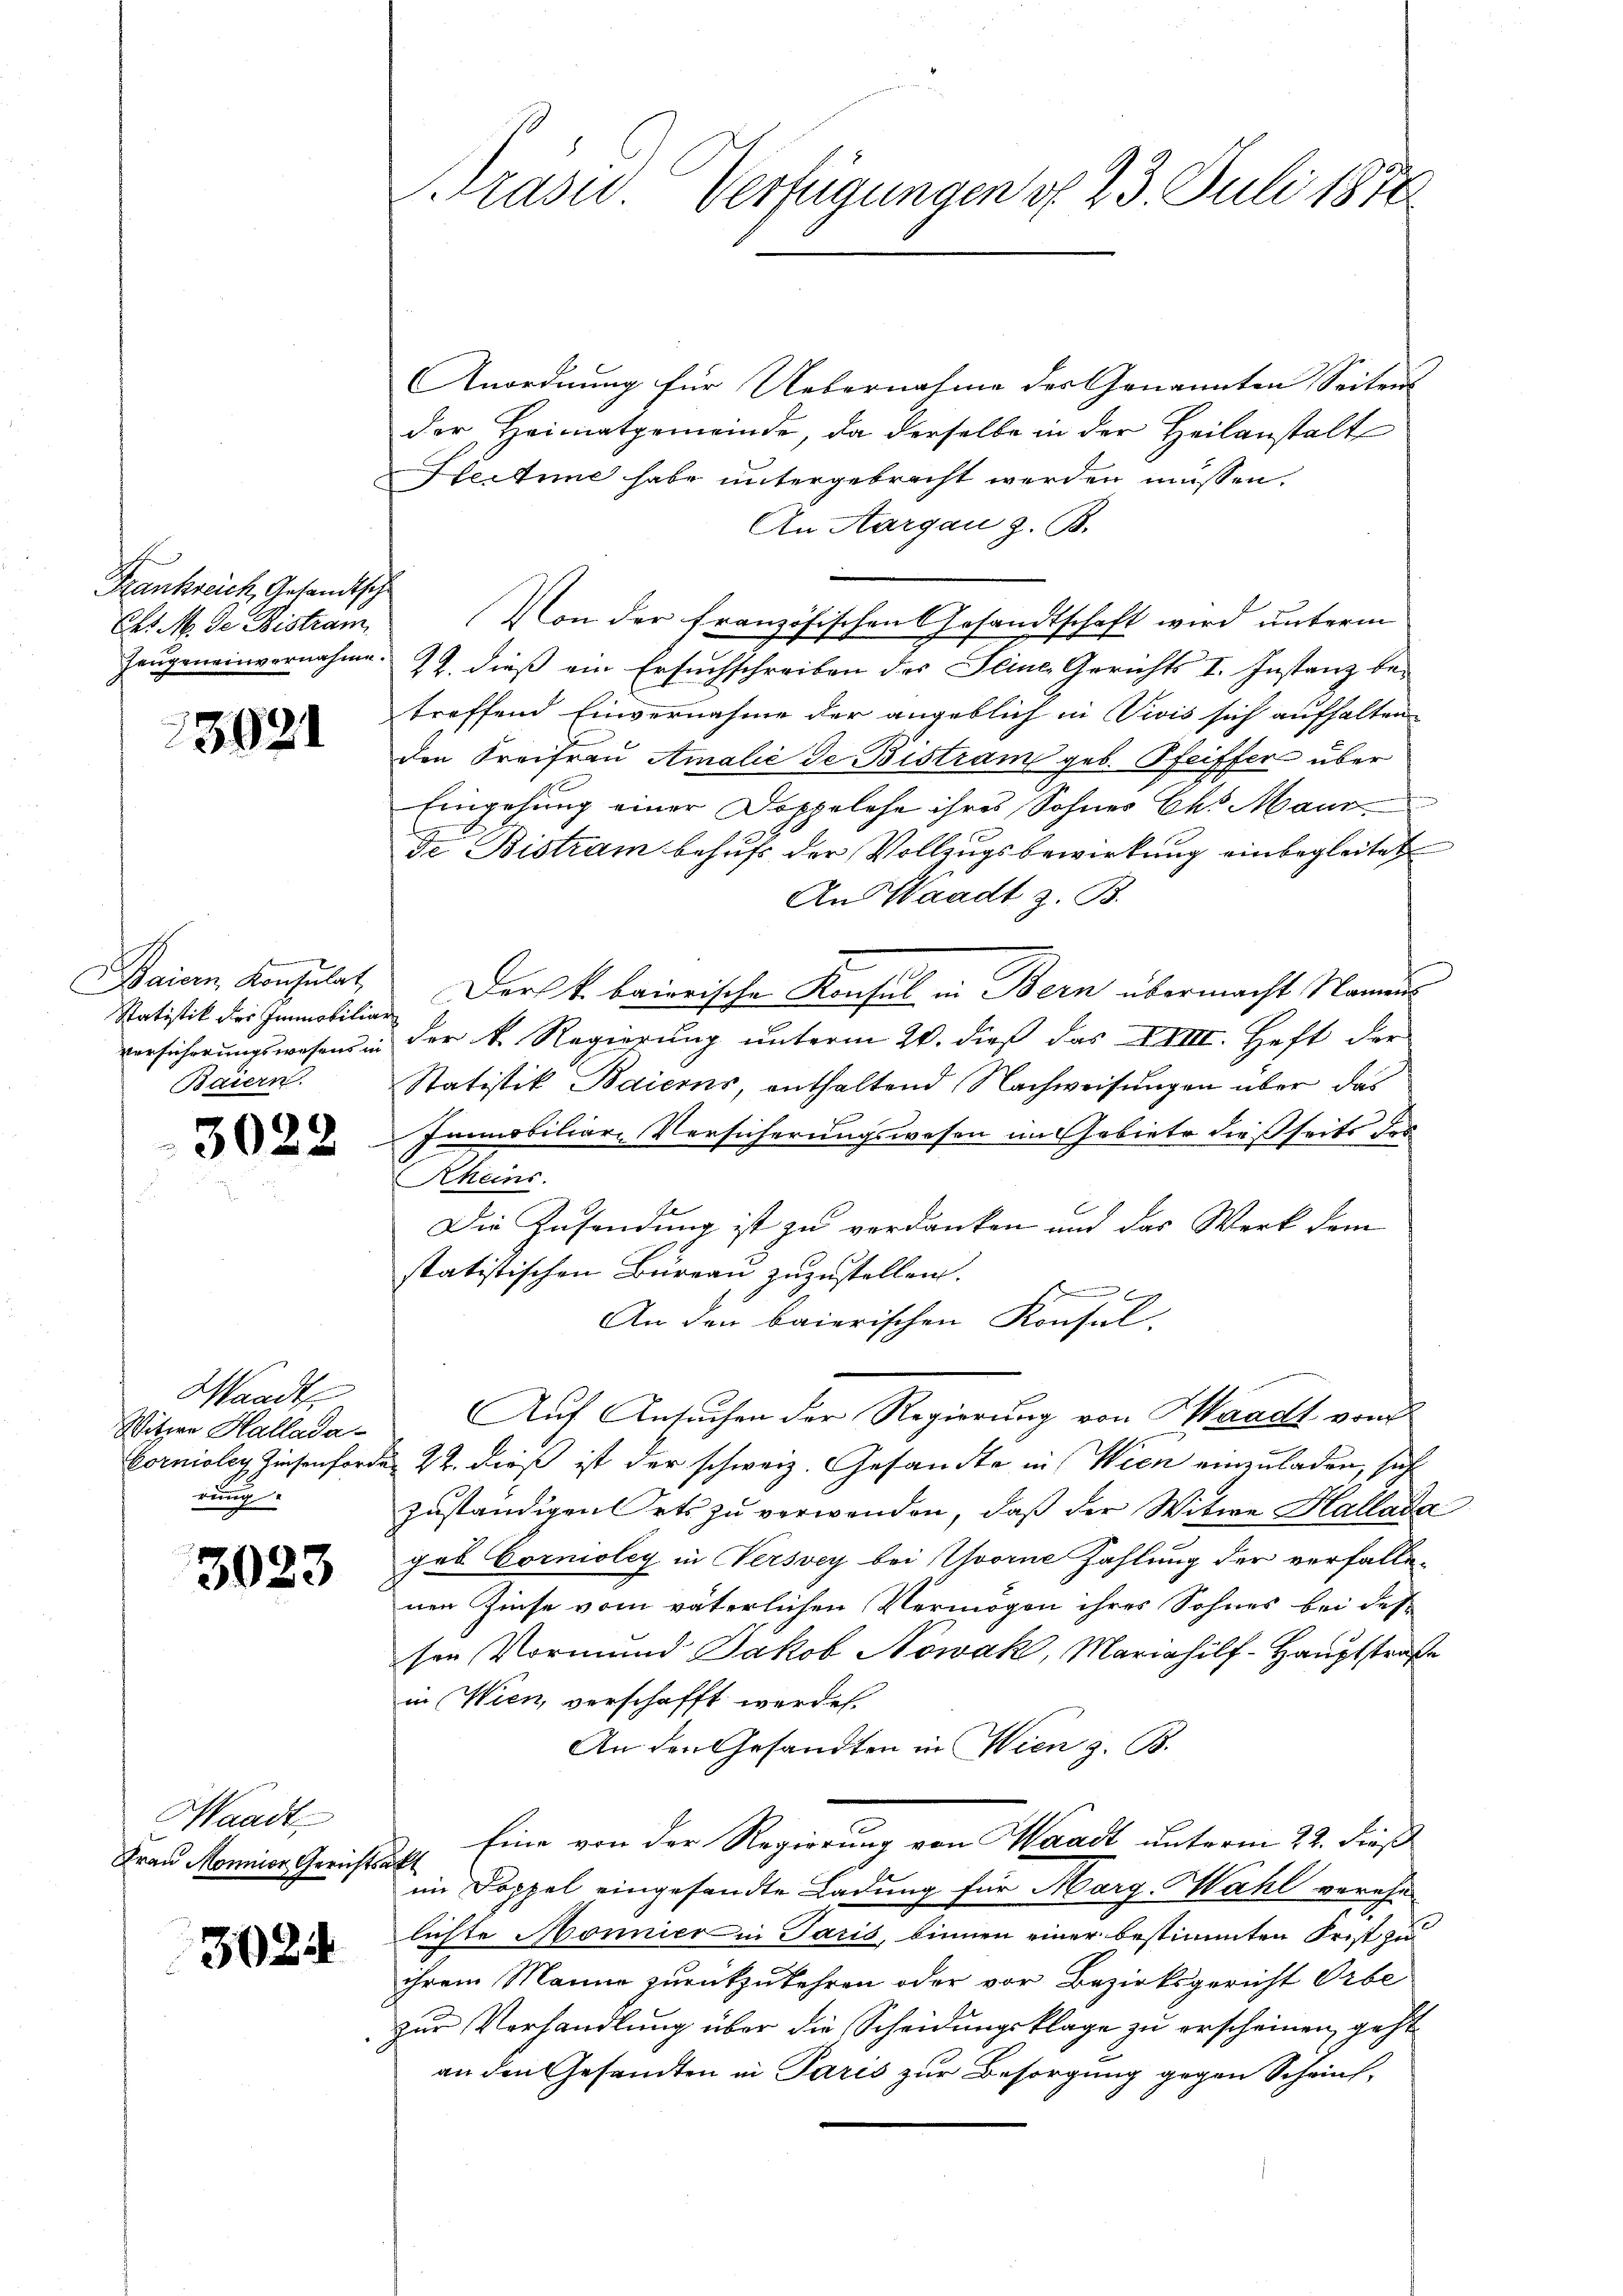
Frankreich, Gesandtsche
Chr. M. de Distram

15921

Statistik der Immobiliar
Baiern.

3022

Wandte
Witwe Hallada-
rung

3023

Waadt
Frau Monnier Gerichtsakt

3024

Anordnung für Uebernahme der Genannten Seitens
der Heimatgemeinde, da derselbe in der Heilanstalt
Heitune habe untergebracht werden müssen.
An Aargau z. B.
u
(Von der französischen Gesandtschaft wird unterm
Zeŭgeneinvernahme. 22. dieß ein Ersuchschreiben des Seine Gerichts I. Instanz be-
treffend Einvernahme der angeblich in Vivis sich aufhalten.
den Kreifrau Amalić de Bistram geb. Pfeiffer über
Eingehung einer Doppelehe ihres Sohner Ch. Maur
de Bistram behufs der Vollzugsbewirkung einbegleitet
An Waadt z. B.
Baian Konsulat, Der k. baierische Konsul in Bern übermacht Namens
versicherungswesen in der k. Regierung unterm 20. dieß das XVIII. Heft der
Statistik Baiers, enthaltend Nachweisungen über das
Immobiliar-Versicherungswesen im Gebiete dießseits des
Aheins.
Die Zusendung ist zu verdanken und das Werk dem
statistischen Büreau zuzustellen.
An den baierischen Konsul-
Auf Ansuchen der Regierung von Waadt von
Corniolen Zinsenforden 22. dieß ist der schweiz. Gesandte in Wien einzuladen, sich
zuständigen Orts zu verwenden, daß der Witwe Kallada
gob Cornioley in Versvey bei vorne Zahlung der verfallenen Zinse vom väterlichen Vermögen ihres Sohnes bei des
sen Vormund Jakob Nowak, Mariahilf-Hauptstraße
in Wien, verschafft werden.
An den Gesandten in Wien z. B.
Eine von der Regierung von Waadt unterm 22. dieß
im Doppel eingesandte Ladung für Marg. Wahl verehe-
lichte Mönnier in Paris, binnen einer bestimmten Frist zu
ihrem Manne zurückzukehren oder vor Bezirksgericht Orbe
zur Verhandlung über die Scheidungsklage zu erscheinen, geht
an den Gesandten in Paris zur Besorgung gegen Schrif¬

Präsid Verfügungen d. 23. Juli 1870